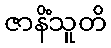
ဇာနိံသူတိ